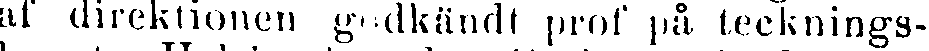
af direktionen godkändt prof på tecknings-